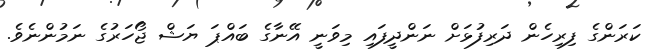
ކަރަންގެ ފިރިހެން ދަރިފުޅަށް ނަންދީފައި މިވަނީ އޭނާގެ ބައްޕަ ޔަޝް ޖޯހަރުގެ ނަމުންނެވެ.